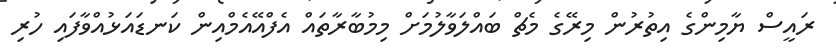
ރައީސް ޔާމިންގެ އިތުރުން މިރޭގެ މެޗް ބައްލަވާލުމަށް މިމުބާރާތައް އެފްއޭއެމްއިން ކަނޑައަޅުއްވާފައި ހުރި